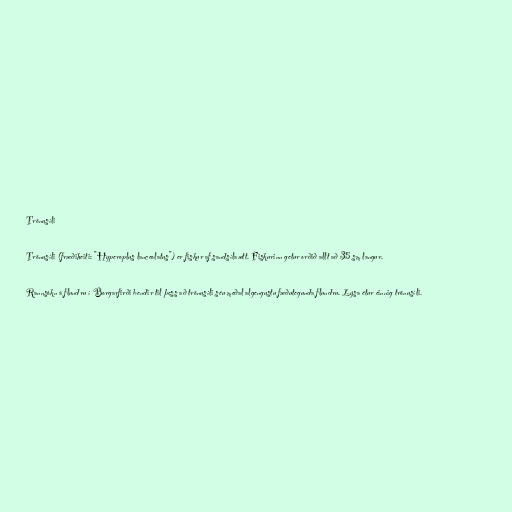
Trönusíli

Trönusíli (fræðiheiti: "Hyperoplus lanceolatus") er fiskur af sandsílaætt. Fiskurinn getur orðið allt að 35 sm langur.

Rannsókn á flundru í Borgarfirði bendir til þess að trönusíli séu meðal algengustu fæðutegunda flundru. Lýsa étur einnig trönusíli.